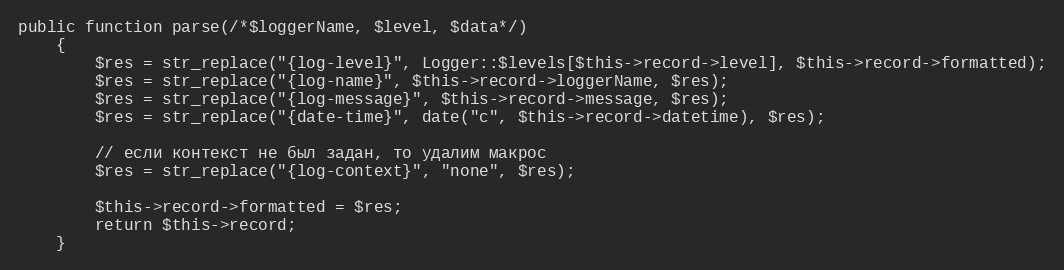
Language: PHP
public function parse(/*$loggerName, $level, $data*/)
	{
		$res = str_replace("{log-level}", Logger::$levels[$this->record->level], $this->record->formatted);
		$res = str_replace("{log-name}", $this->record->loggerName, $res);
		$res = str_replace("{log-message}", $this->record->message, $res);
		$res = str_replace("{date-time}", date("c", $this->record->datetime), $res);

		// если контекст не был задан, то удалим макрос
		$res = str_replace("{log-context}", "none", $res);

		$this->record->formatted = $res;
		return $this->record;
	}